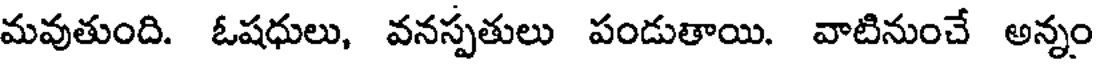
మవుతుంది. ఓషధులు, వనస్పతులు పండుతాయి. వాటినుంచే అన్నం